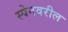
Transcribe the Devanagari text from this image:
स्पेनवरील